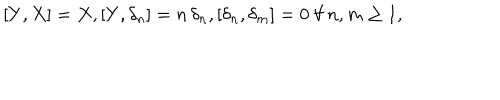
LaTeX: [ Y , X ] = X , [ Y , \delta _ { n } ] = n \, \delta _ { n } , [ \delta _ { n } , \delta _ { m } ] = 0 \ \forall \, n , m \geq 1 ,